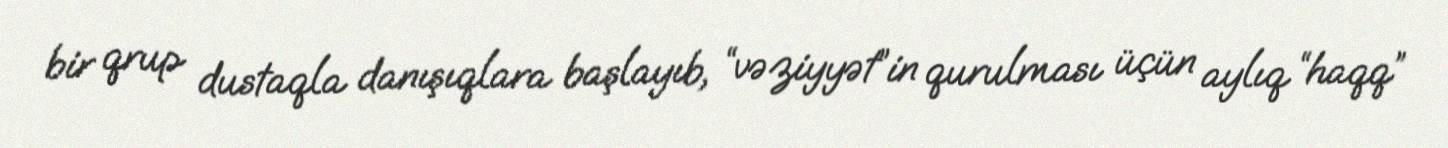
bir qrup dustaqla danışıqlara başlayıb, “vəziyyət”in qurulması üçün aylıq “haqq”